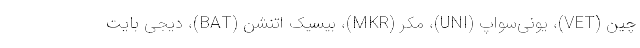
چین (VET)، یونی‌سواپ (UNI)، مکر (MKR)، بیسیک اتنشن (BAT)، دیجی بایت